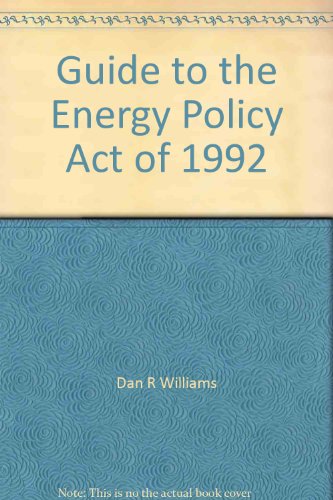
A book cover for Guide to the Energy Policy Act of 1992; Dan R Williams; Law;